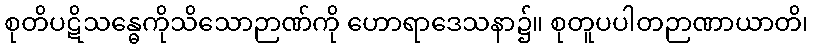
စုတိပဋိသန္ဓေကိုသိသောဉာဏ်ကို ဟောရာဒေသနာ၌။ စုတူပပါတဉာဏာယာတိ၊